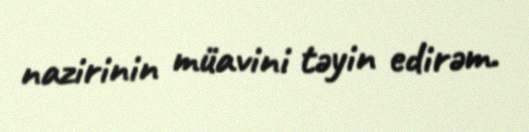
nazirinin müavini təyin edirəm.